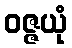
ဝဇ္ဇယုံ